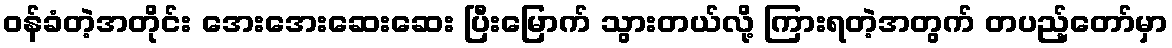
ဝန်ခံတဲ့အတိုင်း အေးအေးဆေးဆေး ပြီးမြောက် သွားတယ်လို့ ကြားရတဲ့အတွက် တပည့်တော်မှာ